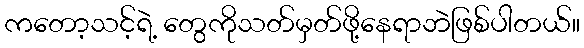
ကတော့သင့်ရဲ့ တွေကိုသတ်မှတ်ဖို့နေရာဘဲဖြစ်ပါတယ်။